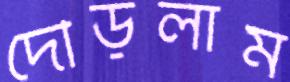
দৌড়লাম